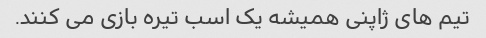
تیم های ژاپنی همیشه یک اسب تیره بازی می کنند.